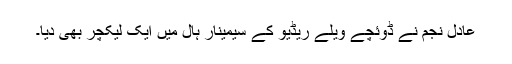
عادل نجم نے ڈوئچے ویلے ریڈیو کے سیمینار ہال میں ایک لیکچر بھی دیا۔